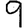
Digit: 9